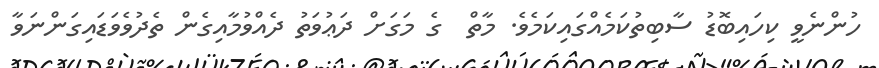
ހުންނެވީ ކިހައިބޮޑު ސާބިތުކަމެއްގައިކަމެވެ. މާތް  ގެ މަގަށް ދަޢުވަތު ދެއްވުމާއިގެން ތެދުވެވަޑައިގަންނަވާ